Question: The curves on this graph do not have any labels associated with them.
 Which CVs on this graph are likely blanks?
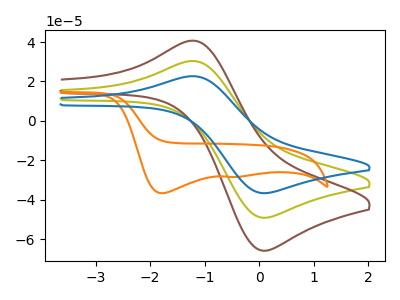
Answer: <think>The olive curve "olive" has an anodic peak at (-1.15V, 30.30uA) and a cathodic peak at (0.10V, -49.20uA). The brown curve "brown" has an anodic peak at (-1.15V, 60.55uA) and a cathodic peak at (0.10V, -98.40uA). The orange curve "orange" has cathodic peaks at (-1.80V, -36.75uA) (-0.55V, -28.50uA). The blue curve "blue" has an anodic peak at (-1.15V, 22.60uA) and a cathodic peak at (0.10V, -36.70uA).</think>
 <answer>There are not any CV's on this graph that are likely to be blanks.</answer>
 <eval>none</eval>